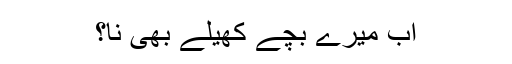
اب میرے بچے کھیلے بھی نا؟